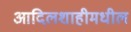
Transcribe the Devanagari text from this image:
आदिलशाहीमधील